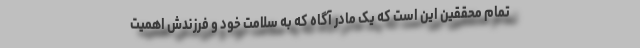
تمام محققین این است که یک مادر آگاه که به سلامت خود و فرزندش اهمیت